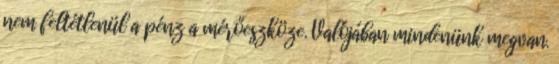
nem feltétlenül a pénz a mérőeszköze. Valójában mindenünk megvan.